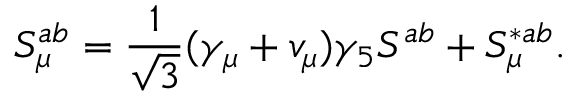
S _ { \mu } ^ { a b } = \frac { 1 } { \sqrt { 3 } } ( \gamma _ { \mu } + v _ { \mu } ) \gamma _ { 5 } S ^ { a b } + S _ { \mu } ^ { * a b } .